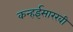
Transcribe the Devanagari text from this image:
कन्हईसारखी